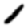
Digit: 1